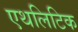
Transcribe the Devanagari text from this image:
एथलिटिक